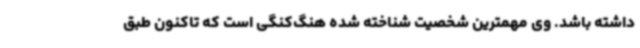
داشته باشد. وی مهمترین شخصیت شناخته شده هنگ‌کنگی است که تاکنون طبق